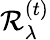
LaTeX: \mathcal{R}_{\lambda}^{(t)}